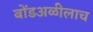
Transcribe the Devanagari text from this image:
बोंडअळीलाच